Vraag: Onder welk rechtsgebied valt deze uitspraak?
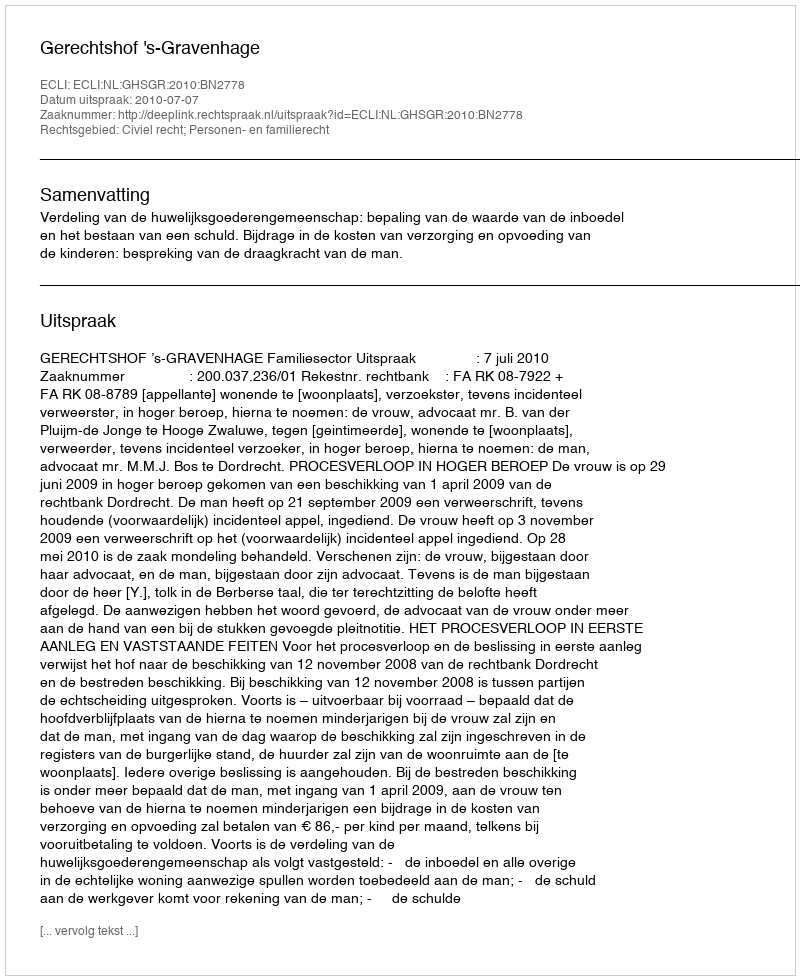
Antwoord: Civiel recht; Personen- en familierecht